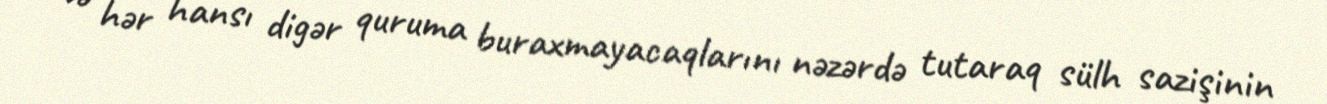
və hər hansı digər quruma buraxmayacaqlarını nəzərdə tutaraq sülh sazişinin